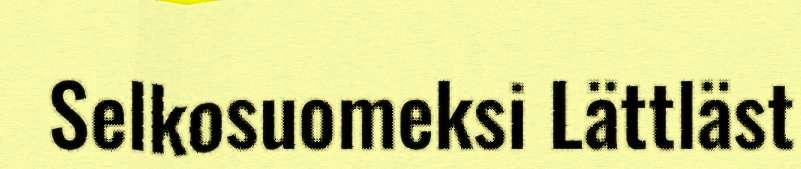
Selkosuomeksi Lättläst